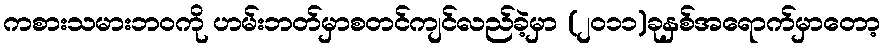
ကစားသမားဘဝကို ဟမ်းဘတ်မှာစတင်ကျင်လည်ခဲ့မှာ (၂၀၁၁)ခုနှစ်အရောက်မှာတော့